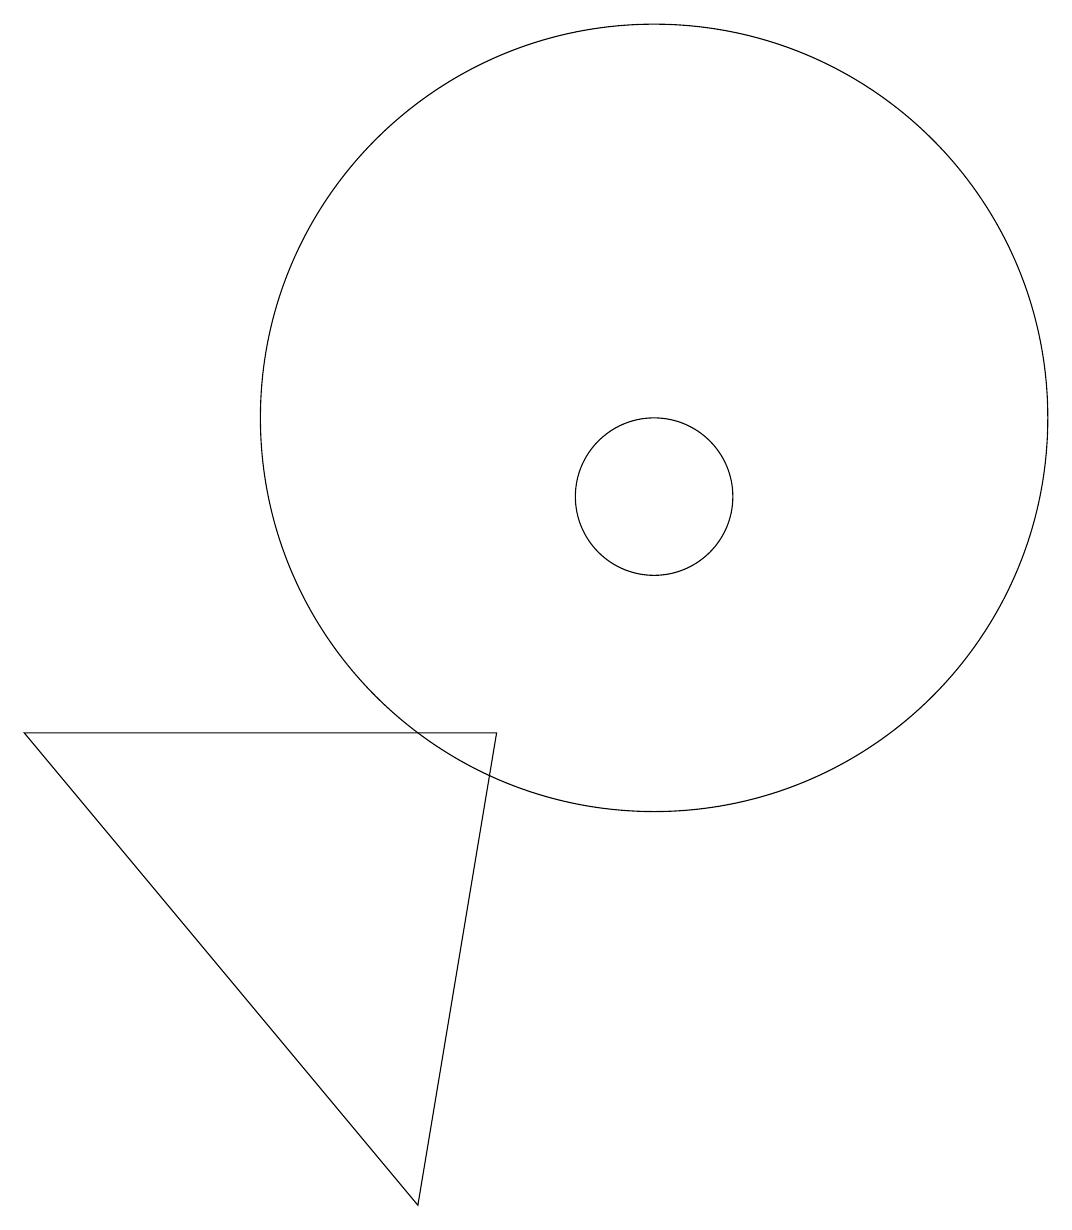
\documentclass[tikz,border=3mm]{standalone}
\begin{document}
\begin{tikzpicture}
\draw (8,1) -- (9,7) -- (3,7) -- cycle;
\draw (11,11) circle (5);
\draw (11,10) circle (1);
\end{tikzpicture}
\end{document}